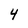
Character: 4